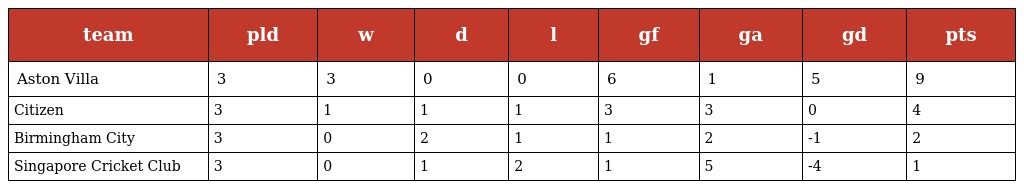
| team | pld | w | d | l | gf | ga | gd | pts |
 | --- | --- | --- | --- | --- | --- | --- | --- | --- |
 | Aston Villa | 3 | 3 | 0 | 0 | 6 | 1 | 5 | 9 |
 | Citizen | 3 | 1 | 1 | 1 | 3 | 3 | 0 | 4 |
 | Birmingham City | 3 | 0 | 2 | 1 | 1 | 2 | -1 | 2 |
 | Singapore Cricket Club | 3 | 0 | 1 | 2 | 1 | 5 | -4 | 1 |